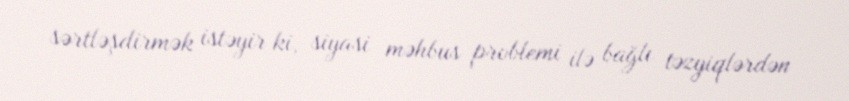
sərtləşdirmək istəyir ki, siyasi məhbus problemi ilə bağlı təzyiqlərdən